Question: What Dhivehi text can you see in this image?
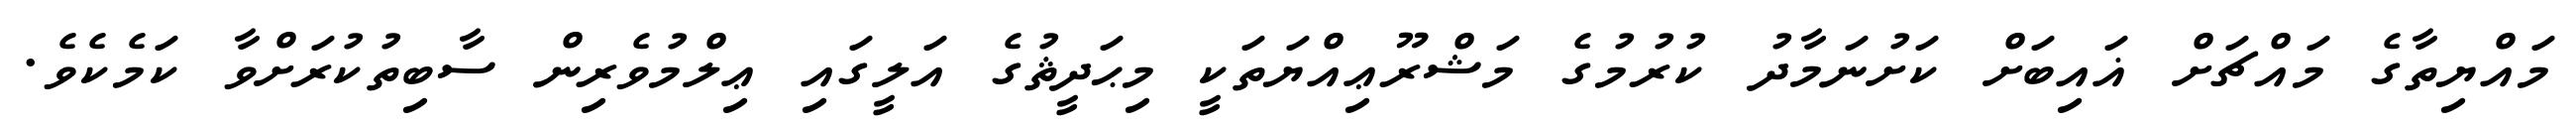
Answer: މައްޔިތާގެ މައްޗަށް ޣައިބަށް ކަށުނަމާދު ކުރުމުގެ މަޝްރޫޢިއްޔަތަކީ މިޙަދީޘުގެ އަލީގައި ޢިލްމުވެރިން ސާބިތުކުރަށްވާ ކަމެކެވެ.